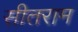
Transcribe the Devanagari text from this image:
सीतराम